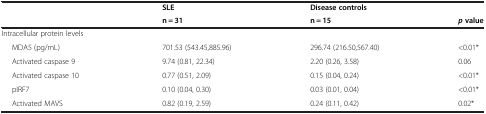
<table><thead><tr><td></td><td><b>SLE</b></td><td><b>Disease controls</b></td><td></td></tr><tr><td></td><td><b>n = 31</b></td><td><b>n = 15</b></td><td><b><i>p</i>value</b></td></tr></thead><tbody><tr><td>Intracellular protein levels</td><td></td><td></td><td></td></tr><tr><td>MDA5 (pg/mL)</td><td>701.53 (543.45,885.96)</td><td>296.74 (216.50,567.40)</td><td>&lt;0.01*</td></tr><tr><td>Activated caspase 9</td><td>9.74 (0.81, 22.34)</td><td>2.20 (0.26, 3.58)</td><td>0.06</td></tr><tr><td>Activated caspase 10</td><td>0.77 (0.51, 2.09)</td><td>0.15 (0.04, 0.24)</td><td>&lt;0.01*</td></tr><tr><td>pIRF7</td><td>0.10 (0.04, 0.30)</td><td>0.03 (0.01, 0.04)</td><td>&lt;0.01*</td></tr><tr><td>Activated MAVS</td><td>0.82 (0.19, 2.59)</td><td>0.24 (0.11, 0.42)</td><td>0.02*</td></tr></tbody></table>